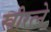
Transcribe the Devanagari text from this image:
स्त्रीरत्ने